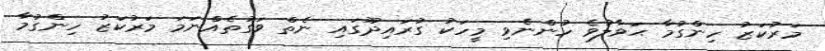
މަރުކަޒު ހިންގުމާ ޙަވާލުވެ ހުންނެވި މީހަކު ގުރައިދޫގައި ނެތް ވަގުތެއްނަމަ މަރުކަޒު ހިންގުމާ